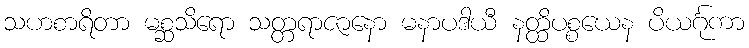
သဟစာရိတာ မစ္ဆသိရော သတ္တရာဇာနော မနာပဒါယီ နတ္ထိပစ္စယေန ပိယင်္ဂုကာ